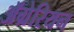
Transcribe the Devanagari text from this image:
ॲग्रेरियन